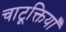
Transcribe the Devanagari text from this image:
चाटूक्तियाँ